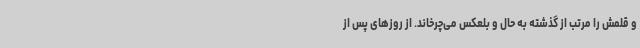
و قلمش را مرتب از گذشته به حال و بلعکس می‌چرخاند. از روزهای پس از